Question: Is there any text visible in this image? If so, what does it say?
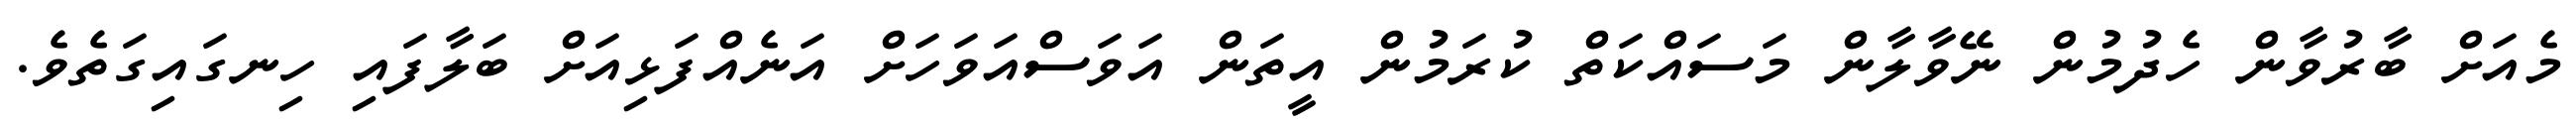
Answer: މެއަށް ބާރުވާން ހެދުމުން ނޭވާލާން މަސައްކަތް ކުރަމުން އީތަން އަވަސްއަވަހަށް އަނެއްފަޅިއަށް ބަލާފައި ހިނގައިގަތެވެ.